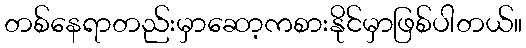
တစ်နေရာတည်းမှာဆော့ကစားနိုင်မှာဖြစ်ပါတယ်။